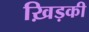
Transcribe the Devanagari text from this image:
ख़िड़की